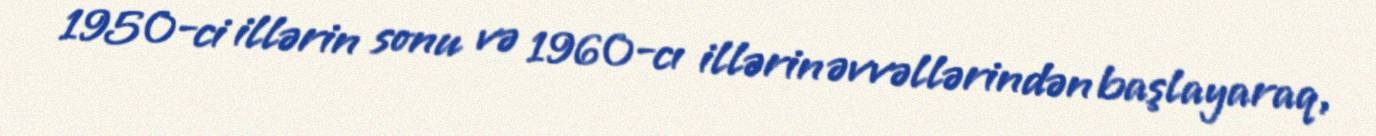
1950-ci illərin sonu və 1960-cı illərin əvvəllərindən başlayaraq,